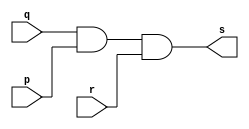
// Rafael Guimares de Sousa - 451607

module andgate (output s, input  p, input q, input r);

assign s = q&p&r;

endmodule

module testandgate;

reg a,b,c;
wire s;

andgate AND1 (s, a, b, c);

initial begin:start

a=0;b=0;c=0;

end

initial begin:main

$display("Exercicio0013 - Rafael Guimares de Sousa - 451607");
$monitor("%b %b %b | %b",a,b,c,s);

#1 a=0;b=0;c=1;
#1 a=0;b=1;c=0;
#1 a=0;b=1;c=1;
#1 a=1;b=0;c=0;
#1 a=1;b=0;c=1;
#1 a=1;b=1;c=0;
#1 a=1;b=1;c=1;
end

endmodule